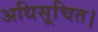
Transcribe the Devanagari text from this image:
अधिसूचित।